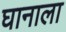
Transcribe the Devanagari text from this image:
घानाला